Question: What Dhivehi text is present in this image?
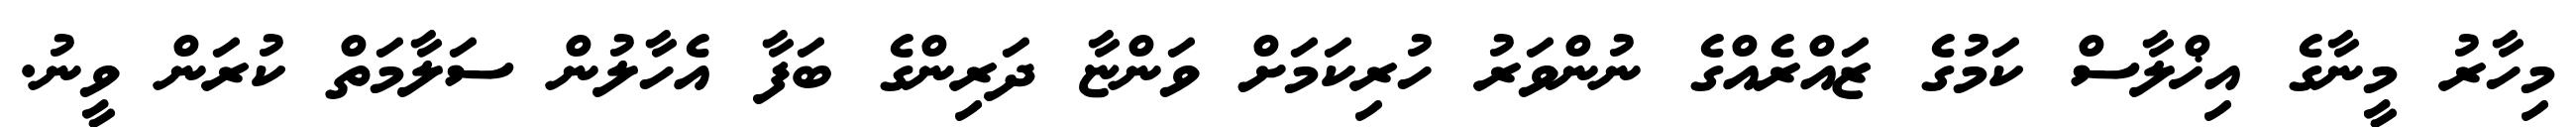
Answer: މިހާރު މީނާގެ އިޚްލާސް ކަމުގެ ޒައްރެއްގެ ނުންވަރު ހުރިކަމަށް ވަންޏާ ދަރިންގެ ބަފާ އެހާލުން ސަލާމަތް ކުރަން ވީނު.